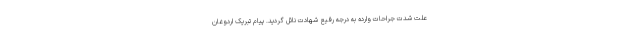
علت شدت جراحات وارده به درجه رفیع شهادت نائل گردید. پیام تبریک اردوغان